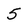
Character: 5